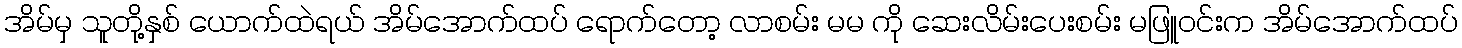
အိမ်မှ သူတို့နှစ် ယောက်ထဲရယ် အိမ်အောက်ထပ် ရောက်တော့ လာစမ်း မမ ကို ဆေးလိမ်းပေးစမ်း မဖြူဝင်းက အိမ်အောက်ထပ်